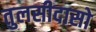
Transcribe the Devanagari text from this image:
तुलसीदासो